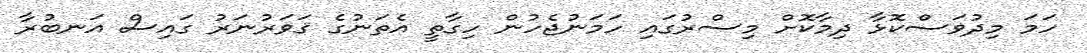
ހަމަ މިދުވަސްކޮޅާ ދިމާކޮށް މިސްރުގައި ހަމަނުޖެހުން ހިގާތީ އެތަނުގެ ޤަވަރުނަރު ގައިސް އަނބުރާ